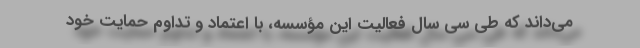
می‌داند که طی سی سال فعالیت این مؤسسه، با اعتماد و تداوم حمایت خود